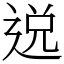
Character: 𨓚